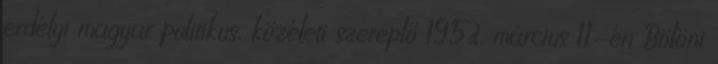
erdélyi magyar politikus, közéleti szereplő 1953. március 11-én Bölöni